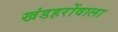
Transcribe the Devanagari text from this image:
खंडहरोंवाला